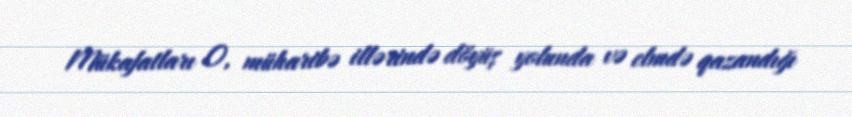
Mükafatları O, müharibə illərində döyüş yolunda və elmdə qazandığı